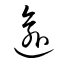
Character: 逾